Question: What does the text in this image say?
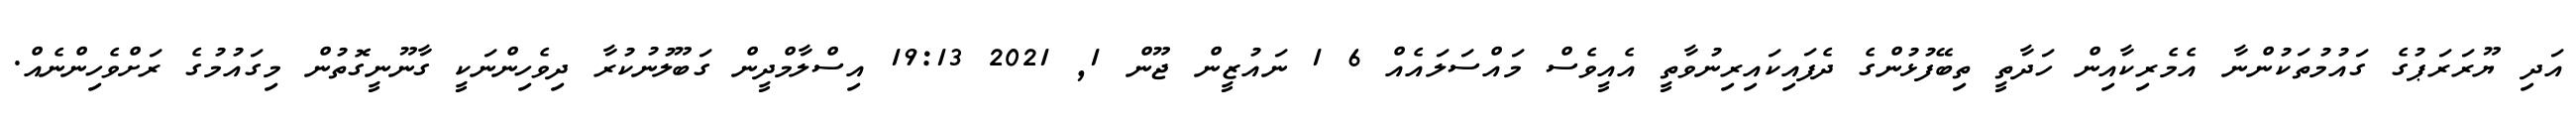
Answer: އަދި ޔޫރަރަޕުގެ ގައުމުތަކުންނާ އެމެރިކާއިން ހަދާތީ ތިބޭފުޅުންގެ ދެފައިކައިރިނުވާތީ އެއީވެސް މައްސަލައެއް 6 1 ނައުޒީން ޖޫން 1, 2021 19:13 އިސްލާމްދީން ގަބޫލުނުކުރާ ދިވެހިންނަކީ ގާނޫނީގޮތުން މިގައުމުގެ ރަށްވެހިންނެއް.